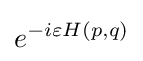
e^{-i\varepsilon H(p,q)}